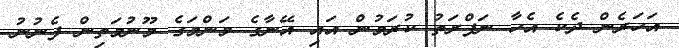
އަހަރެން ދެކެ އެހާ ނަފްރަތު ކުރަމުން އައި އޭނާގެ މަންމަގެ މޫނުމަތިން ފެނުނު